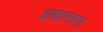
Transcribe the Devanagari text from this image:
इसागाग